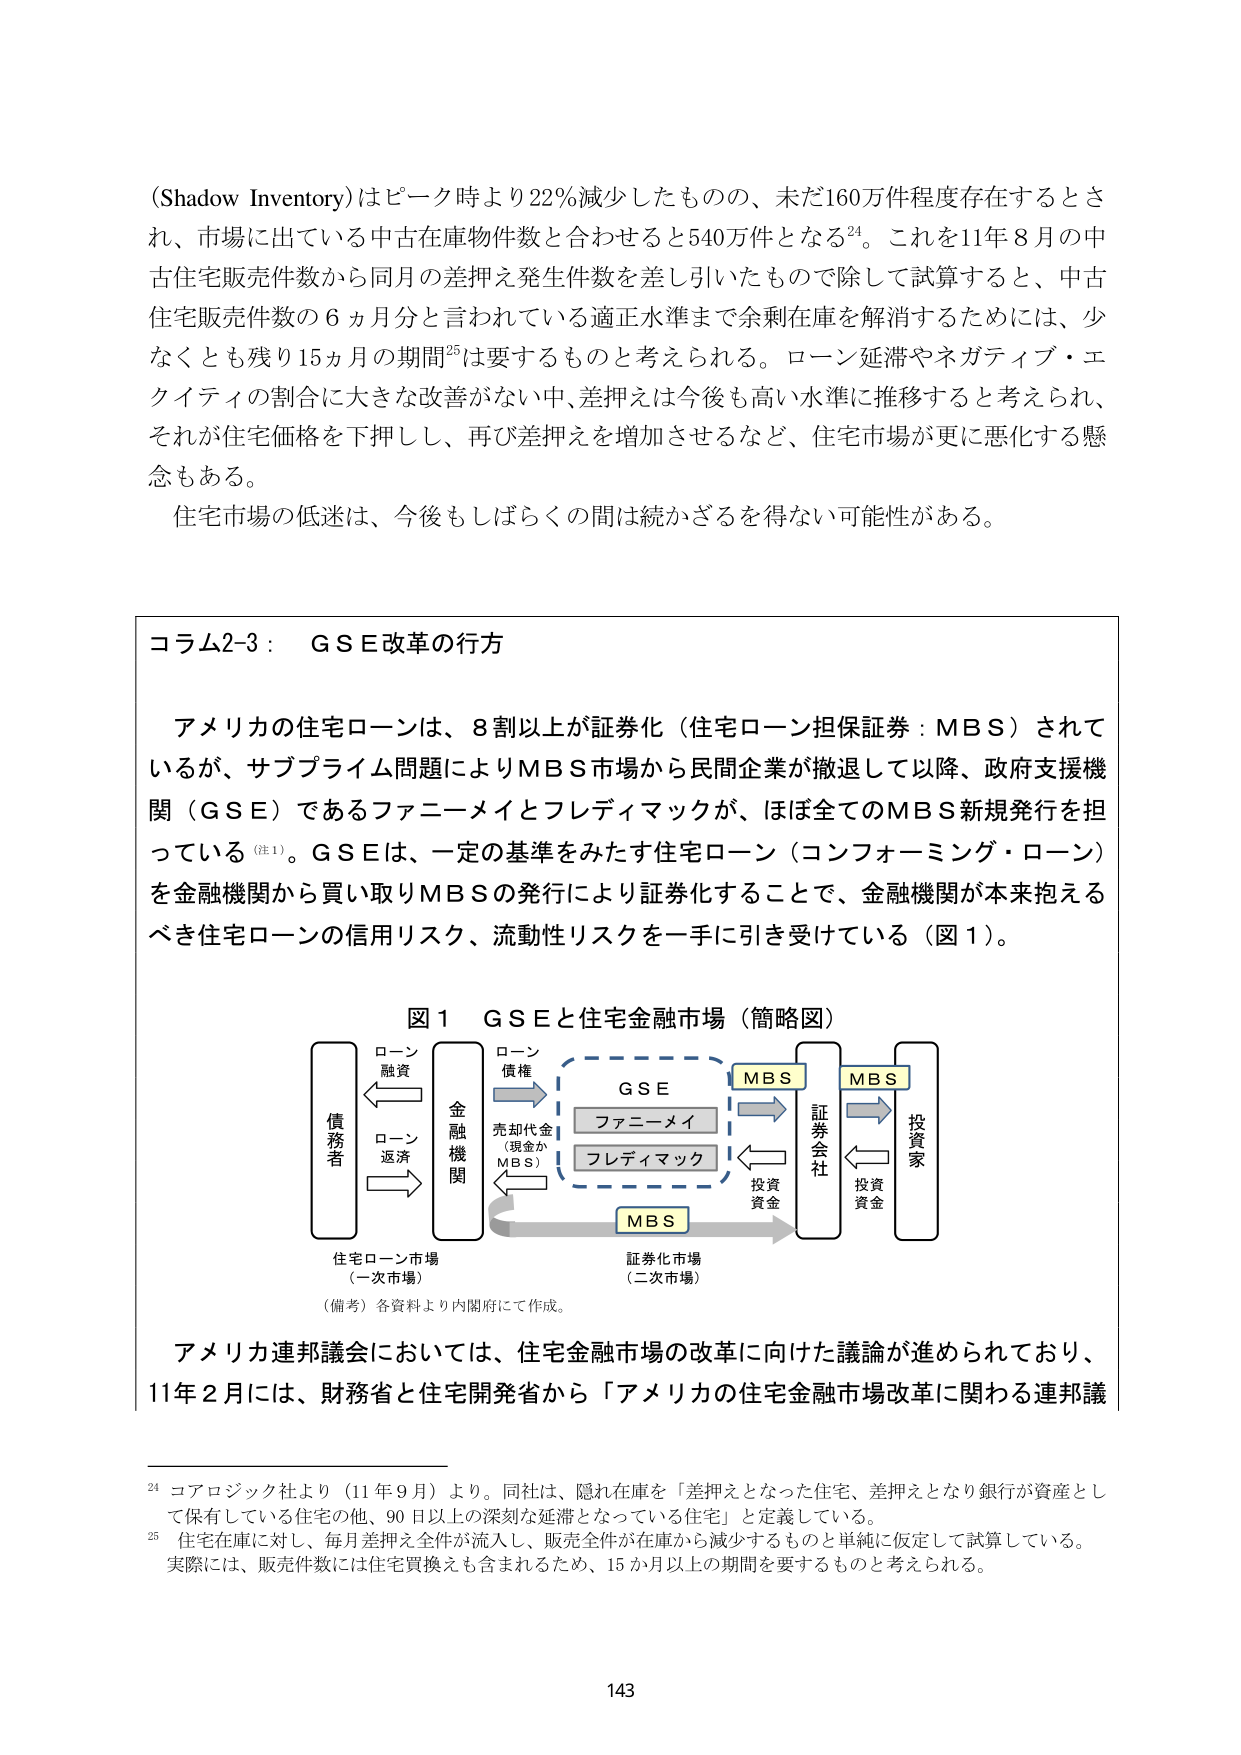
（Shadow Inventory）はピーク時より22％減少したものの、未だ160万件程度存在するとされ、市場に出ている中古在庫物件数と合わせると540万件となる24。これを11年8月の中古住宅販売件数から同月の差押え発生件数を差し引いたもので除して試算すると、中古住宅販売件数の6ヵ月分と言われている適正水準まで余剰在庫を解消するためには、少なくとも残り15ヵ月の期間25は要するものと考えられる。ローン延滞やネガティブ・エクイティの割合に大きな改善がない中、差押えは今後も高い水準に推移すると考えられ、それが住宅価格を下押しし、再び差押えを増加させるなど、住宅市場が更に悪化する懸念もある。

住宅市場の低迷は、今後もしばらくの間は続かざるを得ない可能性がある。

コラム2-3： G S E改革の行方

アメリカの住宅ローンは、8割以上が証券化（住宅ローン担保証券：MBS）されているが、サブプライム問題によりMBS市場から民間企業が撤退して以降、政府支援機関（GSE）であるファニーメイとフレディマックが、ほぼ全てのMBS新規発行を担っている（注1）。GSEは、一定の基準をみたす住宅ローン（コンフォーミング・ローン）を金融機関から買い取りMBSの発行により証券化することで、金融機関が本来抱えるべき住宅ローンの信用リスク、流動性リスクを一手に引き受けている（図1）。

図1 G S Eと住宅金融市場（簡略図）

債務者
　　←ローン融資→
　　←ローン返済→
金融機関

　　←ローン債権→
　　←売却代金（現金かMBS）→
G S E
　　（ファニーメイ）
　　（フレディマック）

　　←MBS→
証券会社

　　←投資資金→
投資家

住宅ローン市場
（一次市場）

証券化市場
（二次市場）

（備考）各資料より内閣府にて作成。

アメリカ連邦議会においては、住宅金融市場の改革に向けた議論が進められており、
11年2月には、財務省と住宅開発省から「アメリカの住宅金融市場改革に関わる連邦議

24 コアロジック社より（11年9月）より。同社は、隠れ在庫を「差押えとなった住宅、差押えとなり銀行が資産として保有している住宅の他、90日以上の深刻な延滞となっている住宅」と定義している。
25 住宅在庫に対し、毎月差押え全件が流入し、販売全件が在庫から減少するものと単純に仮定して試算している。実際には、販売件数には住宅買換えも含まれるため、15か月以上の期間を要するものと考えられる。

143